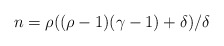
\begin{align*}n = \rho ((\rho -1)(\gamma -1) + \delta)/\delta\end{align*}